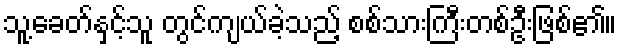
သူ့ခေတ်နှင့်သူ တွင်ကျယ်ခဲ့သည့် စစ်သားကြီးတစ်ဦးဖြစ်၏။